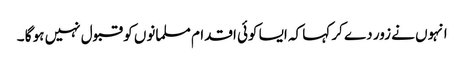
انہوں نے زور دے کر کہا کہ ایسا کوئی اقدام مسلمانوں کو قبول نہیں ہو گا ۔